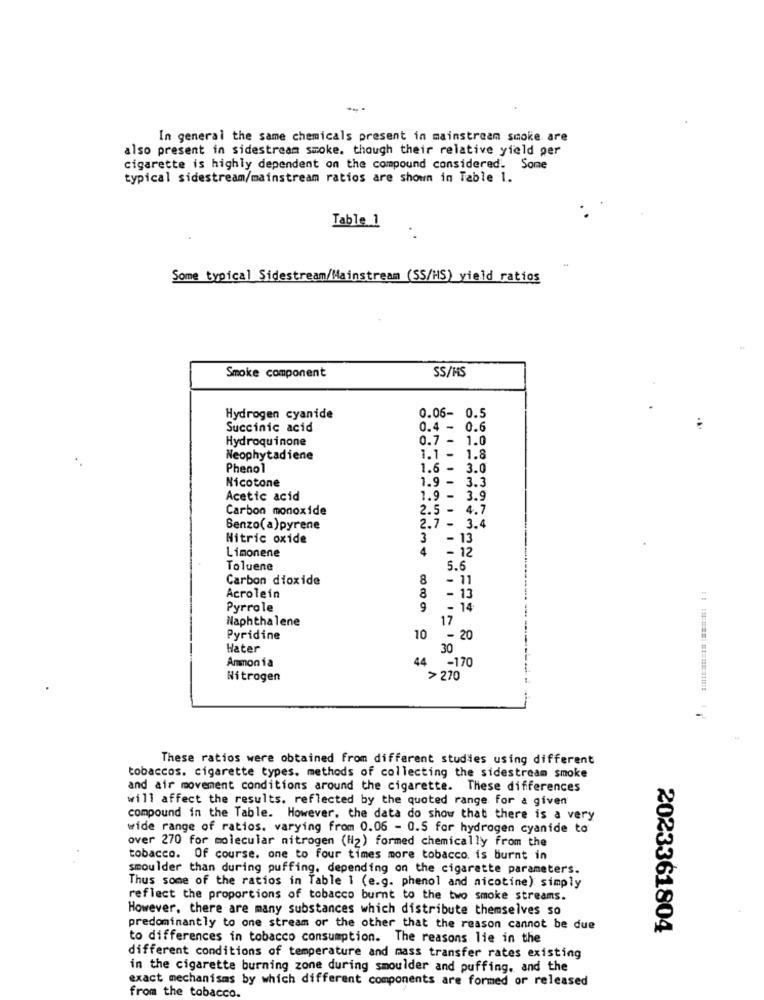
In general the same chemicals present in mainstream smoke are
also present in sidestream smoke. though their relative yield per
cigarette is highly dependent on the compound considered. Sone
typical sidestream/mainstream ratios are shown in Table 1.
Table_1
Some typical Sidestream/Mainstream (SS/HS) yield ratios
Smoke component
SS/HS
Hydrogen cyanide
0.06- 0.5
Succinic acid
0.4 - 0.6
Hydroquinone
0.7 - 1.0
Neophytadiene
1.1 - 1.8
Phenol
1.6 - 3.0
Nicotone
1.9 - 3.3
Acetic acid
1.9 -
3.9
Carbon monoxide
2.5 - 4.7
Benzo( a)pyrene
2.7 - 3.4
Nitric oxide
3
- 13
Limonene
4
-1
Toluene
5.6
Carbon dioxide
8
- 11
Acrolein
- 1
Pyrrole
9
- 14
Naphthalene
17
Pyridine
10
- 20
Hater
30
Ammonia
44
-170
Nitrogen
> 270
These ratios were obtained from different studies using different
tobaccos. cigarette types. methods of collecting the sidestream smoke
and air movement conditions around the cigarette. These differences
will affect the results. reflected by the quoted range for a given
compound in the Table. However, the data do show that there is a very
wide range of ratios. varying from 0.06 - 0.5 for hydrogen cyanide to
over 270 for molecular nitrogen (H2) formed chemically from the
tobacco. Of course. one to four times more tobacco. is burnt in
smoulder than during puffing. depending on the cigarette parameters.
Thus some of the ratios in Table 1 (e.g. phenol and nicotine) simply
reflect the proportions of tobacco burnt to the two smoke streams.
However, there are many substances which distribute themselves so
predominantly to one stream or the other that the reason cannot be due
2023361804
to differences in tobacco consumption. The reasons lie in the
different conditions of temperature and mass transfer rates existing
in the cigarette burning zone during smoulder and puffing, and the
exact mechanisms by which different components are formed or released
from the tobacco.